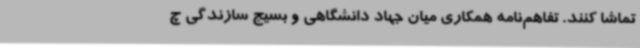
تماشا کنند. تفاهم‌نامه همکاری میان جهاد دانشگاهی و بسیج سازندگی چ